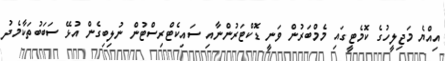
އިއްޔެ މަޖިލީހުގެ ކޮމެޓީގައި މެމްބަރުން ވަނީ ޑޮކްޓަރުންނާއި ސައިކެޓްރިސްޓުން ނުލިބިގެން އުޅޭ ސަބަބުތަކާމެދު